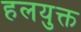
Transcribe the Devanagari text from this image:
हलयुक्त